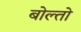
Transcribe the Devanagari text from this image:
बोल्तो